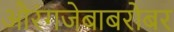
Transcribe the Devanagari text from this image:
औरंगजेबाबरोबर